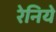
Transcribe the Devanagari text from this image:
रेनिये